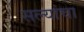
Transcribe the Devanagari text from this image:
सल्यांचा